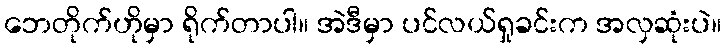
ဘေတိုက်ဟိုမှာ ရိုက်တာပါ။ အဲဒီမှာ ပင်လယ်ရှုခင်းက အလှဆုံးပဲ။